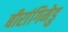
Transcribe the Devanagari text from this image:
बीरांगिमेडु